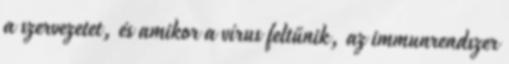
a szervezetet, és amikor a vírus feltűnik, az immunrendszer